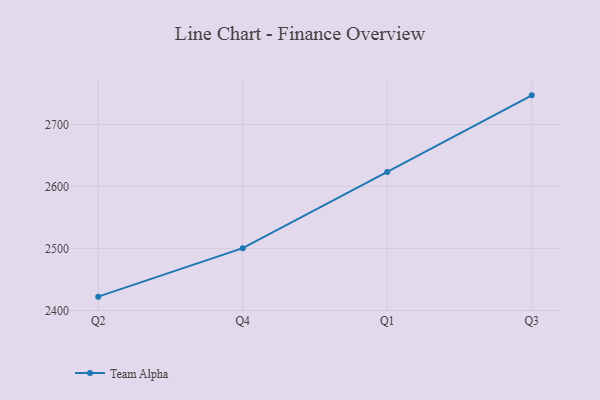
{"axis": {"x": "Quarter", "y": "Net Income (USD K)"}, "legend": ["Team Alpha"], "data": [{"x": "Q2", "y": 2422.4, "type": "Team Alpha"}, {"x": "Q4", "y": 2500.6, "type": "Team Alpha"}, {"x": "Q1", "y": 2623.6, "type": "Team Alpha"}, {"x": "Q3", "y": 2747.1, "type": "Team Alpha"}]}